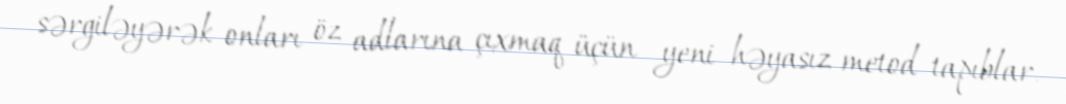
sərgiləyərək onları öz adlarına çıxmaq üçün yeni həyasız metod tapıblar.